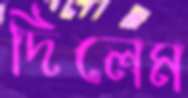
দিলেম